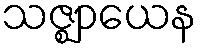
သဇ္ဈာယေန